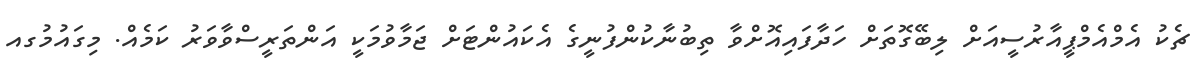
ޗެކު އެމްއެމްޕީއާރުސީއަށް ލިބޭގޮތަށް ހަދާފައިއޮށްވާ ތިބުނާކުންފުނީގެ އެކައުންޓަށް ޖަމާވުމަކީ އަންތަރީސްވާވަރު ކަމެއް. މިގައުމުގއ